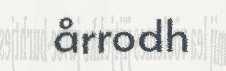
årrodh